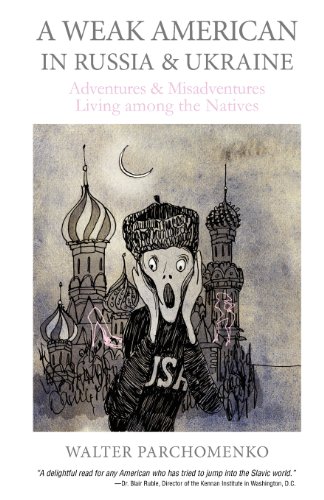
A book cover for A Weak American in Russia & Ukraine: Adventures and Misadventures Living among the Natives; Dr Walter Parchomenko; Travel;